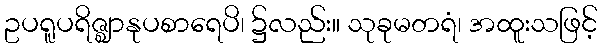
ဥပရူပရိဇ္ဈာနုပစာရေပိ၊ ၌လည်း။ သုခုမတရံ၊ အထူးသဖြင့်